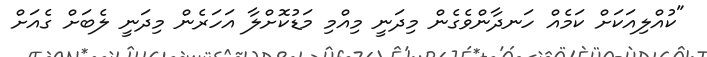
"ކުއްލިއަކަށް ކަމެއް ހަނދާންވެގެން މިދަނީ މިއްމި މަޑުކޮށްލާ އަހަރެން މިދަނީ ލެބަށް ގެއަށް